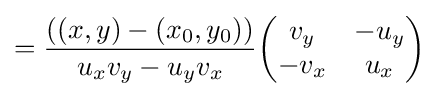
={\left((x,y)-(x_{0},y_{0})\right) \over u_{x}v_{y}-u_{y}v_{x}}{\begin{pmatrix}v_{y}&-u_{y}\\-v_{x}&u_{x}\end{pmatrix}}